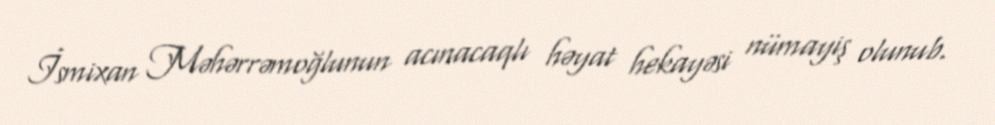
İsmixan Məhərrəmoğlunun acınacaqlı həyat hekayəsi nümayiş olunub.